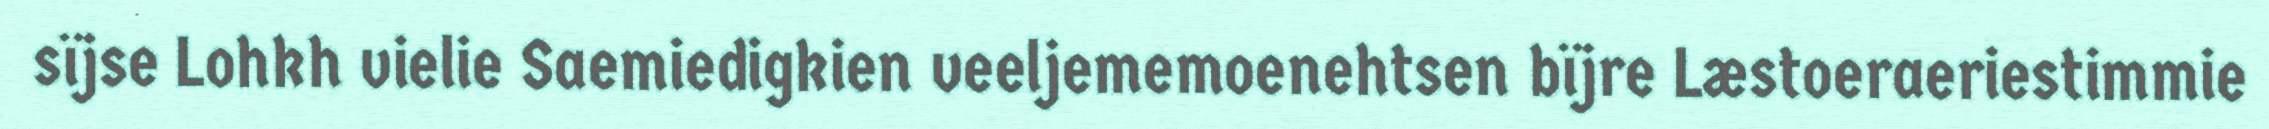
sïjse Lohkh vielie Saemiedigkien veeljememoenehtsen bïjre Læstoeraeriestimmie